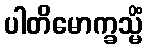
ပါတိမောက္ခသ္မိံ